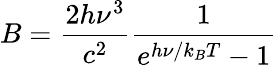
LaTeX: B=\frac{2h\nu^{3}}{c^{2}}\frac{1}{e^{h\nu/k_{B}T}-1}